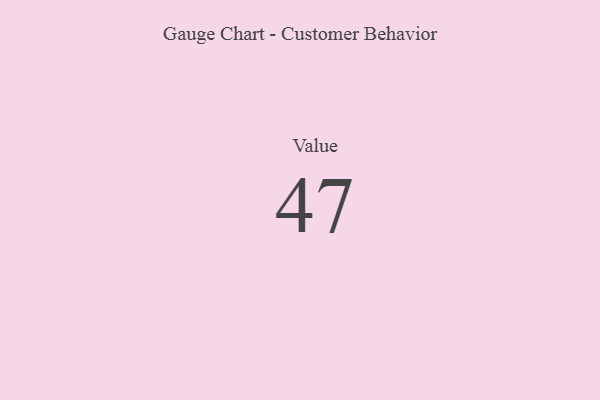
{"axis": {"x": "Metric", "y": "Value"}, "legend": [""], "data": [{"x": "Value", "y": 47, "type": ""}]}